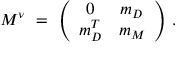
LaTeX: M ^ { \nu } \ = \ \left( \begin{array} { c c } { { 0 } } & { { m _ { D } } } \\ { { m _ { D } ^ { T } } } & { { m _ { M } } } \end{array} \right) \, .